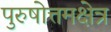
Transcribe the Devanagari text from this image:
पुरुषोत्तमक्षेत्र